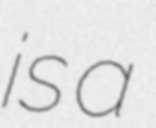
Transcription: is a